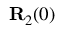
{ \bf R } _ { 2 } ( 0 )